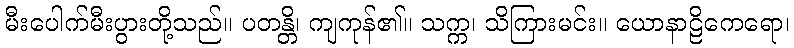
မီးပေါက်မီးပွားတို့သည်။ ပတန္တိ၊ ကျကုန်၏။ သက္က၊ သိကြားမင်း။ ယောနာဠိကေရော၊